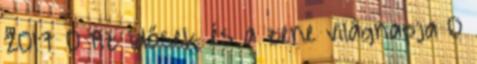
2017 0 Az idősek és a zene világnapja 0